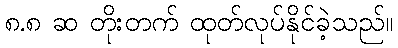
၈.၈ ဆ တိုးတက် ထုတ်လုပ်နိုင်ခဲ့သည်။